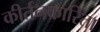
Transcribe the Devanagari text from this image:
कीर्तनकारिता